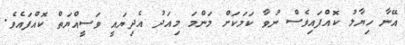
އޭނާ ހިޔާލު ކޮއްފައިވެސް ނުވާ ކަމަކަށް މަންމަ މިއަދު އެދިޔައީ ވަސީއްޔަތް ކޮއްފައެވެ.